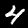
Digit: 4